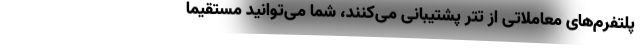
پلتفرم‌های معاملاتی از تتر پشتیبانی می‌کنند، شما می‌توانید مستقیما